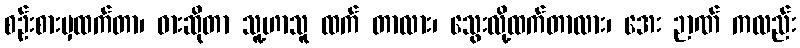
စဉ်းစားမှထက်တာ၊ ဓားဆိုတာ သူ့ဟာသူ ထက် တာလား၊ သွေးလို့ထက်တာလား၊ အေး ဉာဏ် ကလည်း